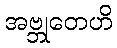
အဗ္ဘုတေဟိ